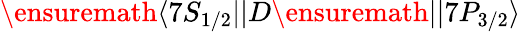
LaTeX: \ensuremath{\langle 7S_{1/2}||}D\ensuremath{||7P_{3/2}\rangle}